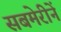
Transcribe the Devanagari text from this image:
सबमेरीनें